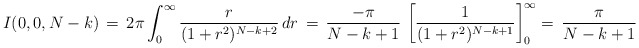
\begin{align*}I(0,0,N-k)\,=\, 2\pi \int_0 ^{\infty} \frac{r}{(1+r^2)^{N-k+2}} \,dr\,=\, \frac{-\pi}{N-k+1}\ \bigg[\frac{1}{(1+r^2)^{N-k+1}}\bigg]_0 ^{\infty} =\, \frac{\pi}{N-k+1}\end{align*}